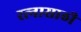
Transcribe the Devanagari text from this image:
रत्‍नासाठी